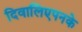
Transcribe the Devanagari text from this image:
दिवालिएपनके